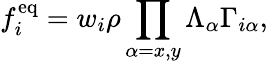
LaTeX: f_{i}^{\mathrm{eq}}=w_{i}\rho\prod_{\alpha=x,y}\Lambda_{\alpha}\Gamma_{i\alpha},